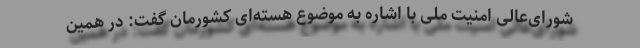
شورای‌عالی امنیت ملّی با اشاره به موضوع هسته‌ای کشورمان گفت: در همین